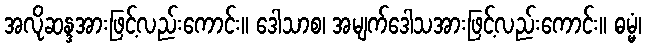
အလိုဆန္ဒအားဖြင့်လည်းကောင်း။ ဒေါသာစ၊ အမျက်ဒေါသအားဖြင့်လည်းကောင်း။ ဓမ္မံ၊